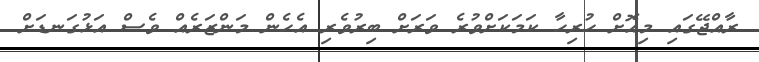
ރާއްޖޭގައި މިއޮށް ހުރިހާ ކަމަކަށްވުރެ ވަރަށް ބިރުވެރި އެހެން މަންޒަރެއް ވެސް އަޅުގަނޑަށް